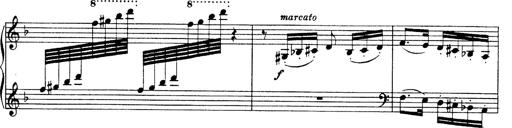
Title: Hungarian Rhapsody No.19
Composer: Franz Liszt
Key: D minor